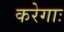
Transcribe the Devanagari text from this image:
करेगाः